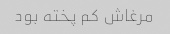
مرغاش کم پخته بود